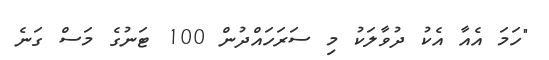
"ހަމަ އެއާ އެކު ދުވާލަކު މި ސަރަހައްދުން 100 ޓަނުގެ މަސް ގަނެ